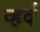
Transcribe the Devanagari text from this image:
व्हर्द